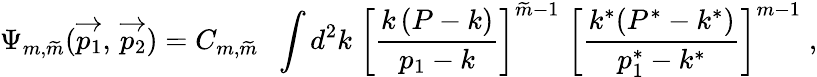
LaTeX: \Psi_{m,\widetilde{m}}(\overrightarrow{p_{1}},\, \overrightarrow{p_{2}})=C_{m,{\widetilde m}}\; \; \int d^{2}k\; \left[{\frac{k\, (P-k)}{p_{1}-k}}\right]^{{\widetilde m}-1}\; \left[{\frac{k^{*}(P^{*}-k^{*})}{p_{1}^{*}-k^{*}}}\right]^{m-1}\; ,